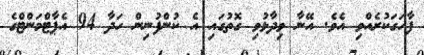
ފާހަގަކުރެއްވި އެވެ. އޭނާ ވިދާޅުވި ގޮތުގައި އެ ކުންފުނިން ހަދާ 94 އެޕާޓްމަންޓްގެ